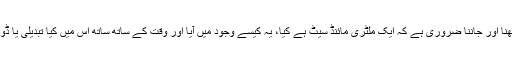
ہمارے لیے یہ سمجھنا اور جاننا ضروری ہے کہ ایک ملٹری مائنڈ سیٹ ہے کیا، یہ کیسے وجود میں آیا اور وقت کے ساتھ ساتھ اس میں کیا تبدیلی یا ڈویلپمنٹ ہو رہی ہے ۔